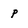
Character: p